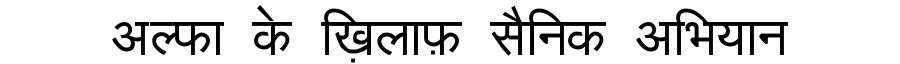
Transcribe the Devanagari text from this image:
अल्फा के ख़िलाफ़ सैनिक अभियान